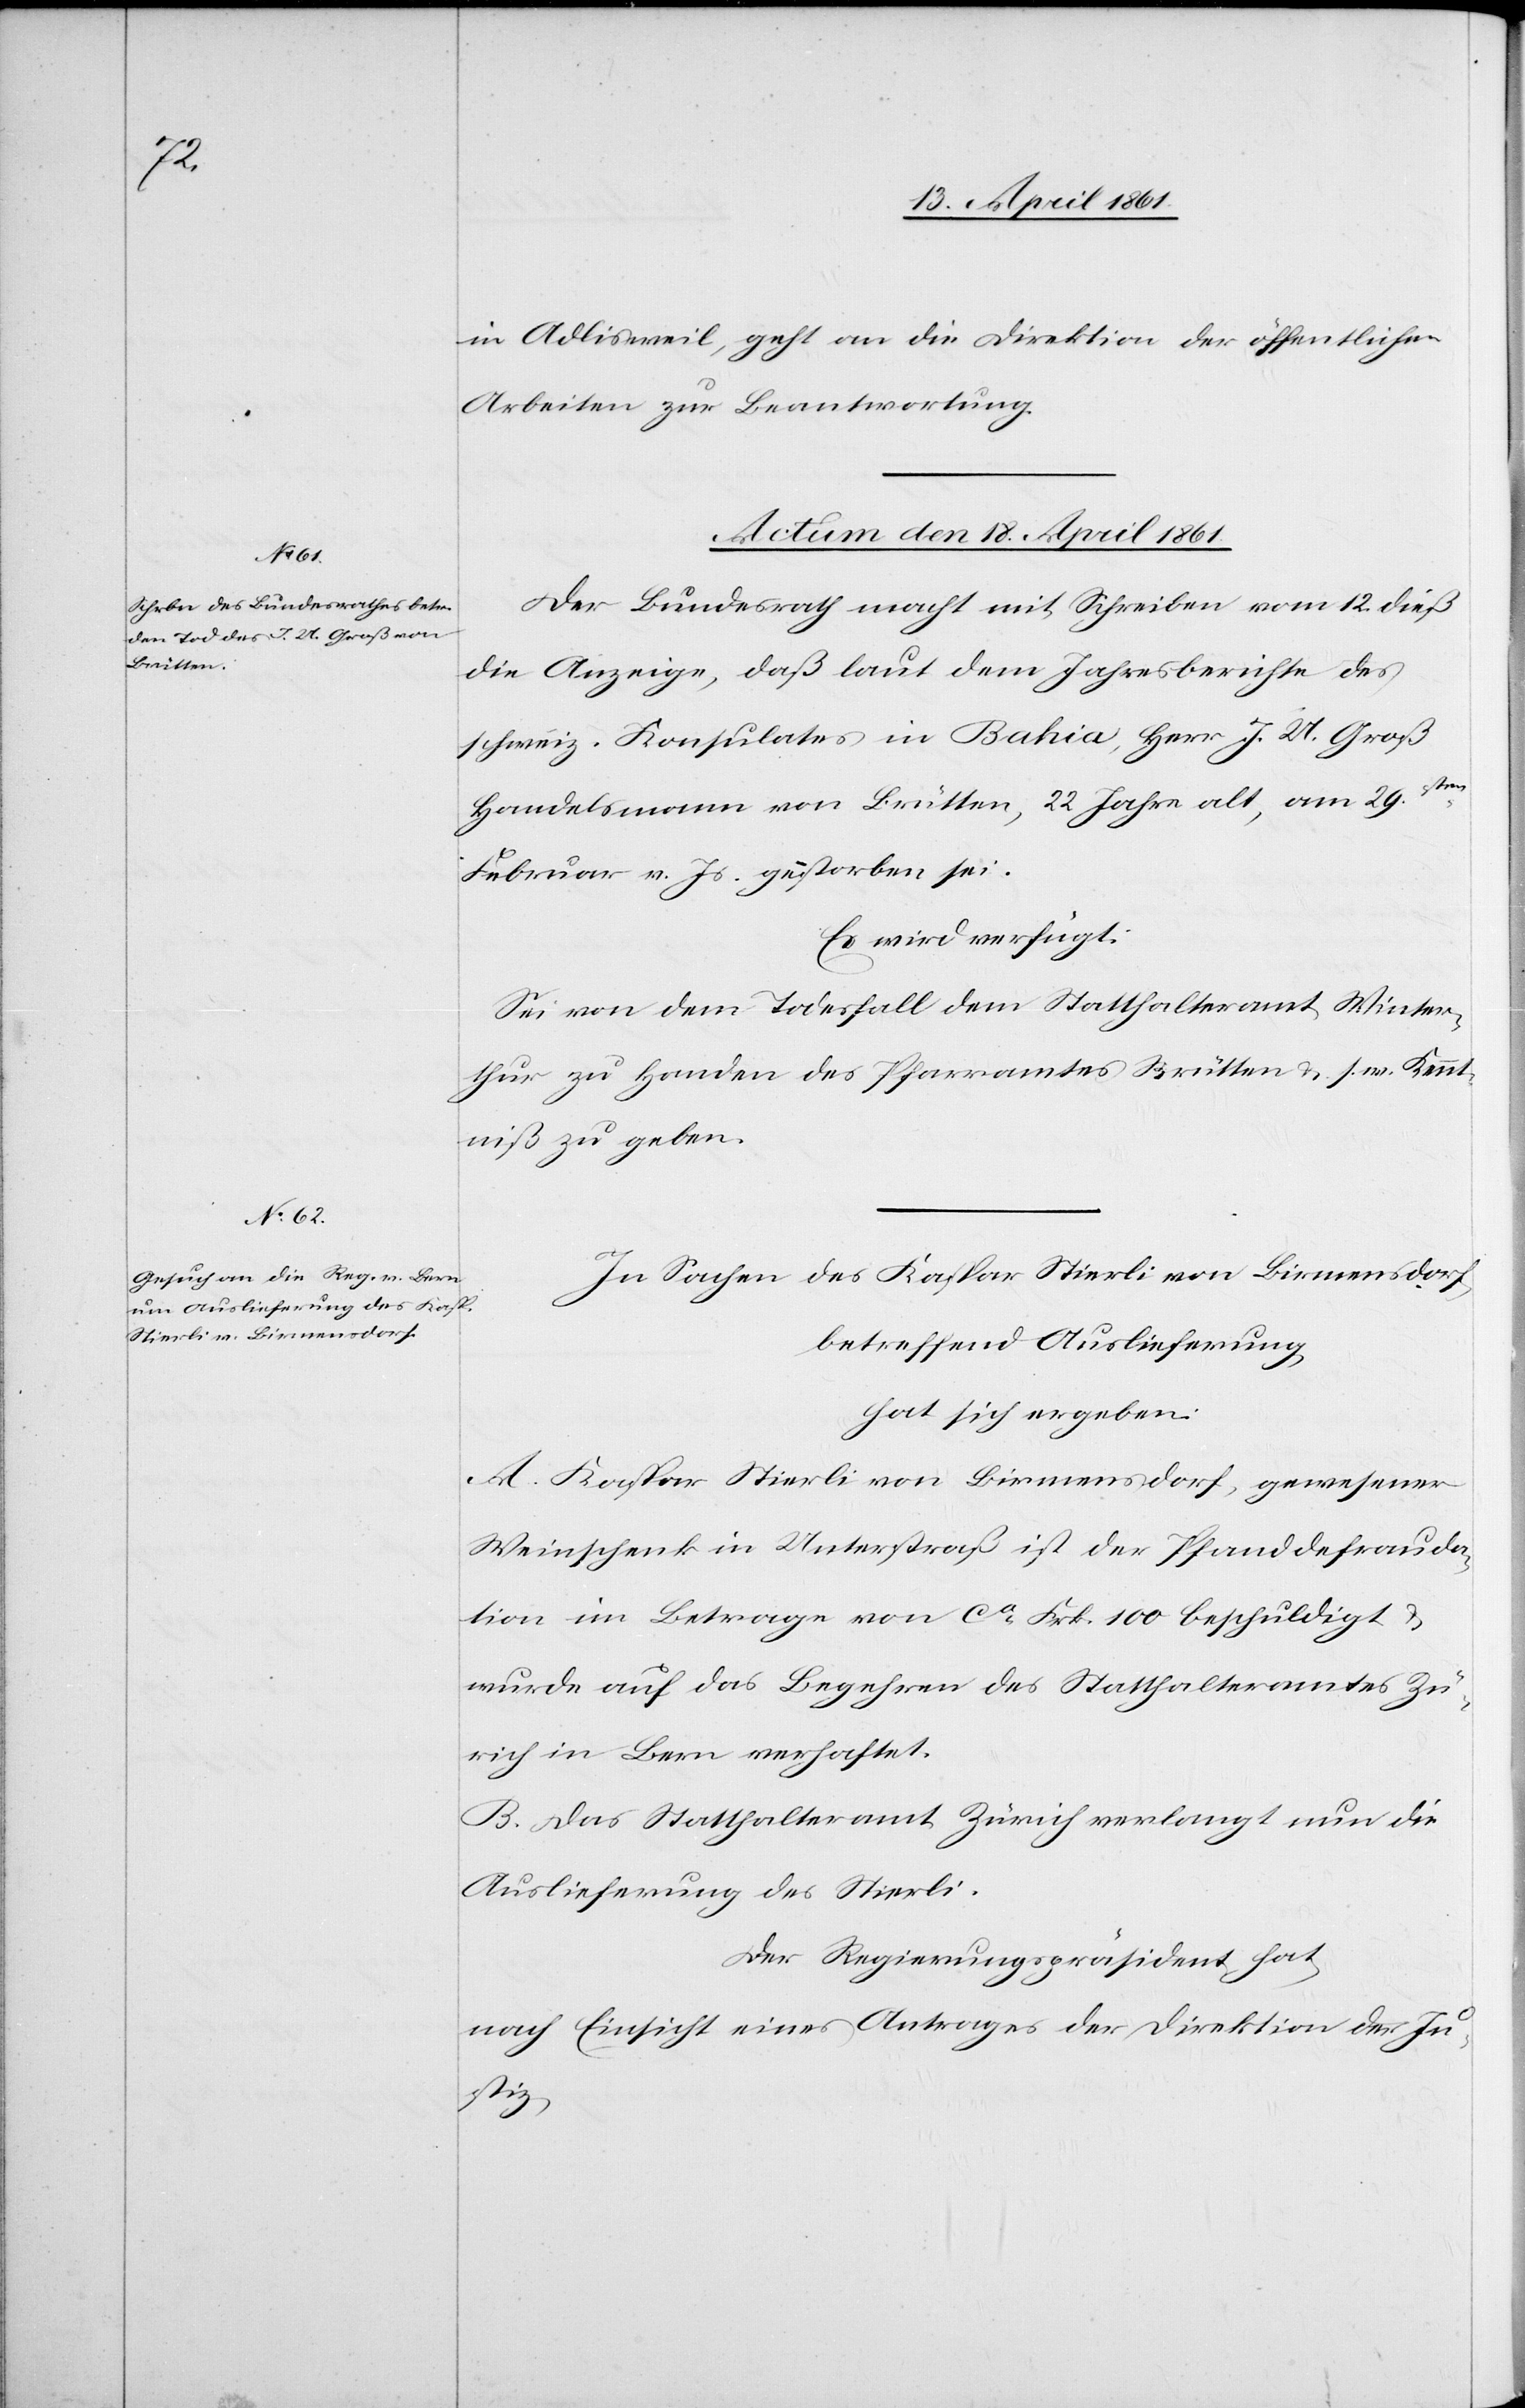
in Adlisweil, geht an die Direktion der öffentlichen
Arbeiten zur Beantwortung.
Actum den 18. April 1861.]
Der Bundesrath macht mit Schreiben vom 12. dieß
die Anzeige, daß laut dem Jahresberichte des
schweiz. Konsulates in Bahia, Herr J. U. Groß
Handelsmann von Brütten, 22 Jahre alt, am 29sten
Februar v. Js. gestorben sei.
Es wird verfügt:
Sei von dem Todesfall dem Statthalteramt Winter¬
thur zu Handen des Pfarramtes Brütten u. s. w. Kennt¬
niß zu geben.
In Sachen des Kaspar Stierli von Birmensdorf
betreffend Auslieferung,
hat sich ergeben:
A. Kaspar Stierli von Birmensdorf, gewesener
Weinschenk in Unterstraß ist der Pfanddefrauda¬
tion im Betrage von ca Frk. 100 beschuldigt u.
wurde auf das Begehren des Statthalteramtes Zü¬
rich in Bern verhaftet.
B. Das Statthalteramt Zürich verlangt nun die
Auslieferung des Stierli.
Der Regierungspräsident hat
nach Einsicht eines Antrages der Direktion der Ju¬
stiz,